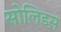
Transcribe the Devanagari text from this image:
सोलिडस